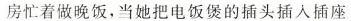
房忙着做晚饭，当她把电饭煲的插头插入插座